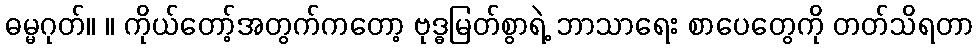
ဓမ္မဂုတ်။ ။ ကိုယ်တော့်အတွက်ကတော့ ဗုဒ္ဓမြတ်စွာရဲ့ ဘာသာရေး စာပေတွေကို တတ်သိရတာ